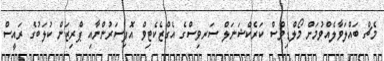
މެޗް ބައްލަވާލެއްވުމަށް މޯލްޑިވްސް ކަރެކްޝަނަލް ސަރވިސްގެ އެގްޒެކެޓިވް އޮފިސަރުންނާއި ޕްރިޒަން ކުލަބުގެ ރައީސް